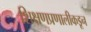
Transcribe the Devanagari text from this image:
शिक्षणप्रणालीकडून